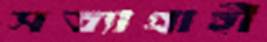
সত্যাগ্রাহী